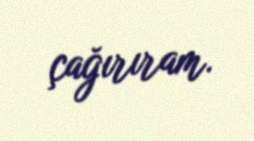
çağırıram.